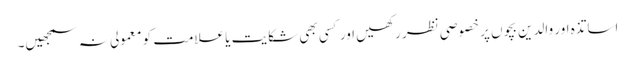
اساتذہ اور والدین بچوں پر خصوصی نظر رکھیں اور کسی بھی شکایت یا علامت کو معمولی نہ سمجھیں۔